Indian journal of veterinary science and animal husbandry - Volume 9,
Year: 1939
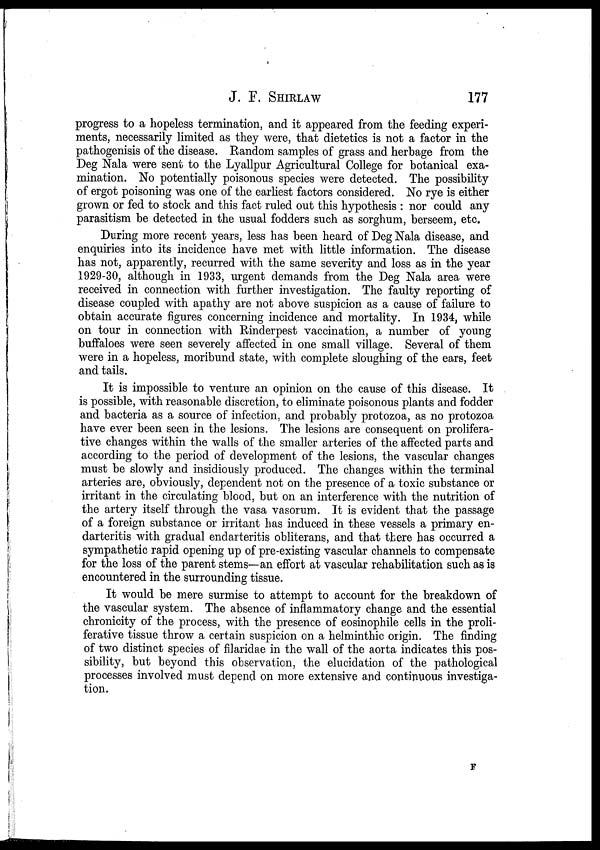
J. F. SHIRLAW 177
progress to a hopeless termination, and it appeared from the feeding experi-
ments, necessarily limited as they were, that dietetics is not a factor in the
pathogenisis of the disease. Random samples of grass and herbage from the
Deg Nala were sent to the Lyallpur Agricultural College for botanical exa-
mination. No potentially poisonous species were detected. The possibility
of ergot poisoning was one of the earliest factors considered. No rye is either
grown or fed to stock and this fact ruled out this hypothesis : nor could any
parasitism be detected in the usual fodders such as sorghum, berseem, etc.
During more recent years, less has been heard of Deg Nala disease, and
enquiries into its incidence have met with little information. The disease
has not, apparently, recurred with the same severity and loss as in the year
1929-30, although in 1933, urgent demands from the Deg Nala area were
received in connection with further investigation. The faulty reporting of
disease coupled with apathy are not above suspicion as a cause of failure to
obtain accurate figures concerning incidence and mortality. In 1934, while
on tour in connection with Rinderpest vaccination, a number of young
buffaloes were seen severely affected in one small village. Several of them
were in a hopeless, moribund state, with complete sloughing of the ears, feet
and tails.
It is impossible to venture an opinion on the cause of this disease. It
is possible, with reasonable discretion, to eliminate poisonous plants and fodder
and bacteria as a source of infection, and probably protozoa, as no protozoa
have ever been seen in the lesions. The lesions are consequent on prolifera-
tive changes within the walls of the smaller arteries of the affected parts and
according to the period of development of the lesions, the vascular changes
must be slowly and insidiously produced. The changes within the terminal
arteries are, obviously, dependent not on the presence of a toxic substance or
irritant in the circulating blood, but on an interference with the nutrition of
the artery itself through the vasa vasorum. It is evident that the passage
of a foreign substance or irritant has induced in these vessels a primary en-
darteritis with gradual endarteritis obliterans, and that there has occurred a
sympathetic rapid opening up of pre-existing vascular channels to compensate
for the loss of the parent stems—an effort at vascular rehabilitation such as is
encountered in the surrounding tissue.
It would be mere surmise to attempt to account for the breakdown of
the vascular system. The absence of inflammatory change and the essential
chronicity of the process, with the presence of eosinophile cells in the proli-
ferative tissue throw a certain suspicion on a helminthic origin. The finding
of two distinct species of filaridae in the wall of the aorta indicates this pos-
sibility, but beyond this observation, the elucidation of the pathological
processes involved must depend on more extensive and continuous investiga-
tion.
F